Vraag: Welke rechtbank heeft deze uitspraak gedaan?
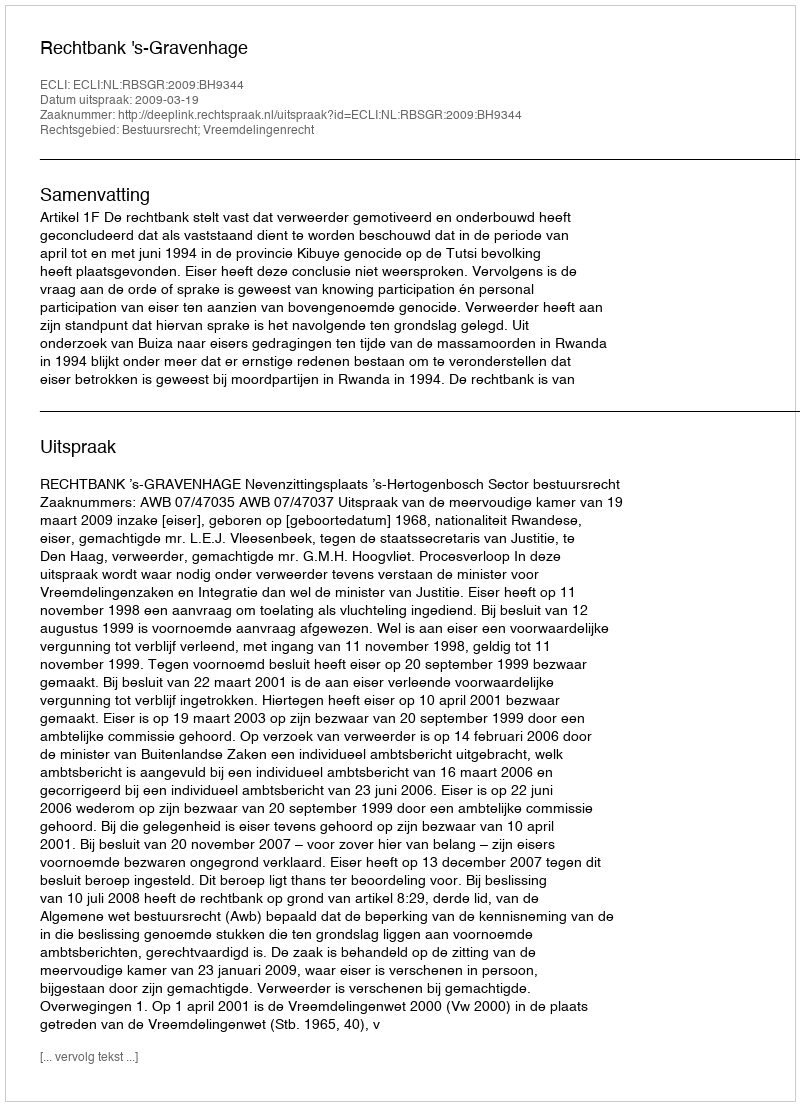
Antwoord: Rechtbank 's-Gravenhage